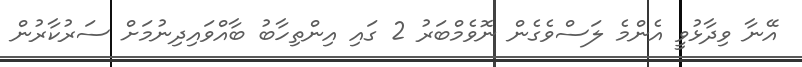
އޭނާ ވިދާޅުވީ އެންމެ ލަސްވެގެން ނޮވެމްބަރު 2 ގައި އިންތިހާބު ބާއްވައިދިނުމަށް ސަރުކާރުން